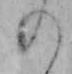
の